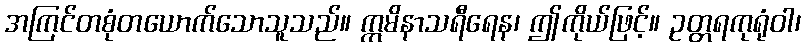
အကြင်တစုံတယောက်သောသူသည်။ ဣမိနာသရီရေန၊ ဤကိုယ်ဖြင့်။ ဥတ္တရကုရုံဝါ၊